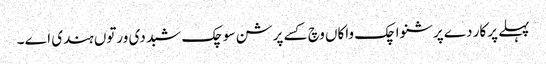
پہلے پرکار دے پرشنواچک واکاں وچ کسے پرشن سوچک شبد دی ورتوں ہندی اے ۔